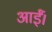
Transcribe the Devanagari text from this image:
आर्ई।